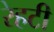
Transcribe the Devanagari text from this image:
रेहटी